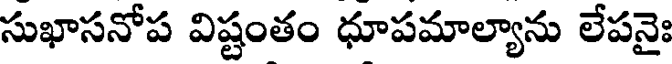
సుఖాసనోప విష్టంతం ధూపమాల్యాను లేపనైః